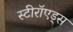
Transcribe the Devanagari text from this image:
स्टीरॉएड्स